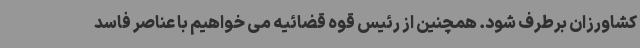
کشاورزان برطرف شود. همچنین از رئیس قوه قضائیه می خواهیم با عناصر فاسد